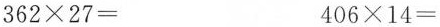
$$362\times 27=$$ $$406\times 14=$$